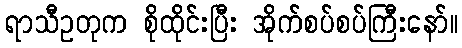
ရာသီဥတုက စိုထိုင်းပြီး အိုက်စပ်စပ်ကြီးနော်။